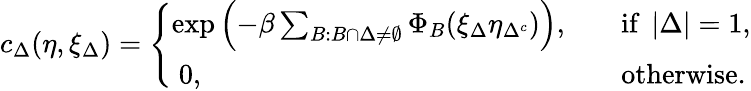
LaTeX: \begin{array}{r}{c_{\Delta}(\eta,\xi_{\Delta})=\left\{ \begin{array}{ll}{\exp\left(-\beta\sum_{B:B\cap\Delta\neq\emptyset}\Phi_{B}(\xi_{\Delta}\eta_{\Delta^{c}})\right),\quad}&{\mathrm{if~}\left\lvert\Delta\right\rvert=1,}\\ {\ 0,}&{\mathrm{otherwise}.}\end{array}\right.}\end{array}